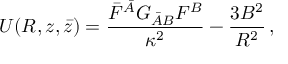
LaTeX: { \cal U } ( R , z , \bar { z } ) = \frac { \bar { F } ^ { \bar { A } } G _ { \bar { A } B } F ^ { B } } { \kappa ^ { 2 } } - \frac { 3 B ^ { 2 } } { R ^ { 2 } } \, ,